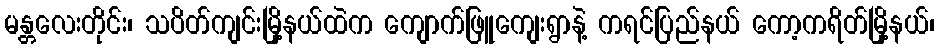
မန္တလေးတိုင်း၊ သပိတ်ကျင်းမြို့နယ်ထဲက ကျောက်ဖြူကျေးရွာနဲ့ ကရင်ပြည်နယ် ကော့ကရိတ်မြို့နယ်၊